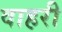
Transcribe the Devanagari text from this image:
वाहरी